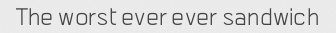
The worst ever ever sandwich